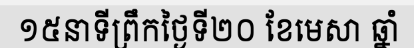
១៥នាទីព្រឹកថ្ងៃទី២០ ខែមេសា ឆ្នាំ